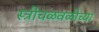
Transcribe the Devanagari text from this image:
स्त्रीचळवळीच्या